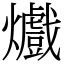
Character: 㸍